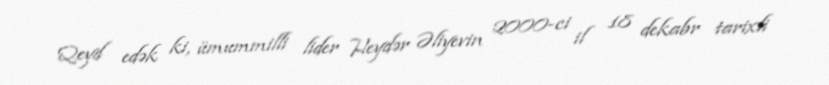
Qeyd edək ki, ümummilli lider Heydər Əliyevin 2000-ci il 18 dekabr tarixli